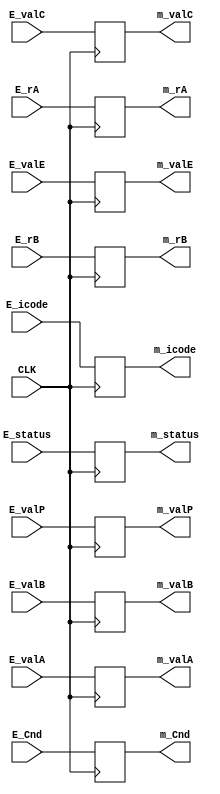
`timescale 1ns / 1ps
module memory_reg( input CLK, input [2:0] E_status, input [3:0] E_icode, input [3:0] E_rA, input [3:0] E_rB, input [63:0] E_valC, input [63:0] E_valP, input [63:0] E_valA, input [63:0] E_valB, input E_Cnd, input [63:0] E_valE, output reg [2:0] m_status, output reg [3:0] m_icode, output reg [3:0] m_rA, output reg [3:0] m_rB, output reg [63:0] m_valC, output reg [63:0] m_valP, output reg [63:0] m_valA, output reg [63:0] m_valB, output reg m_Cnd, output reg [63:0] m_valE);

always@(posedge CLK)
begin
m_status <= E_status;
m_icode <= E_icode;
m_rA <= E_rA;
m_rB <= E_rB;
m_valC <= E_valC;
m_valP <= E_valP;
m_valA <= E_valA;
m_valB <= E_valB;
m_Cnd <= E_Cnd;
m_valE <= E_valE;
end
endmodule